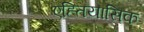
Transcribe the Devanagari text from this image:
एह्तियासिक